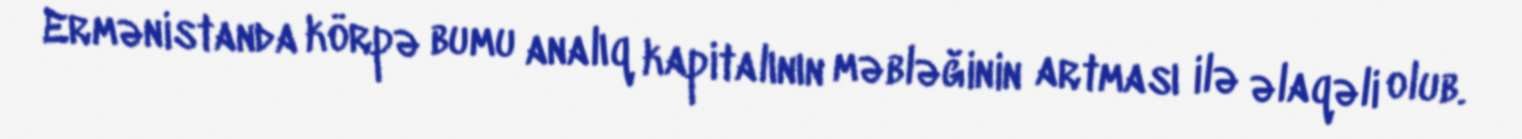
Ermənistanda körpə bumu analıq kapitalının məbləğinin artması ilə əlaqəli olub.